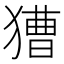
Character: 𤡐